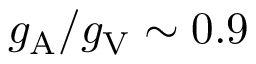
g _ { \mathrm { A } } / g _ { \mathrm { V } } \sim 0 . 9